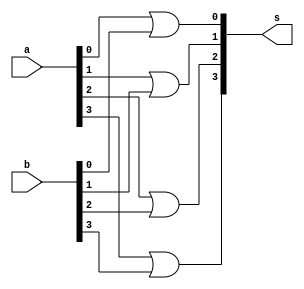
`timescale 1ns / 1ps
//////////////////////////////////////////////////////////////////////////////////
// Company: 
// Engineer: 
// 
// Design Name: 
// Module Name:    orgate 
// Project Name: 
// Target Devices: 
// Tool versions: 
// Description: 
//
// Dependencies: 
//
// Revision: 
// Revision 0.01 - File Created
// Additional Comments: 
//
//////////////////////////////////////////////////////////////////////////////////
module orgate(a,b,s);
input		[3:0]a;
input		[3:0]b;
output	[3:0]s;

	or	(s[0],a[0],b[0]);
	or	(s[1],a[1],b[1]);
	or	(s[2],a[2],b[2]);
	or	(s[3],a[3],b[3]);
	
endmodule